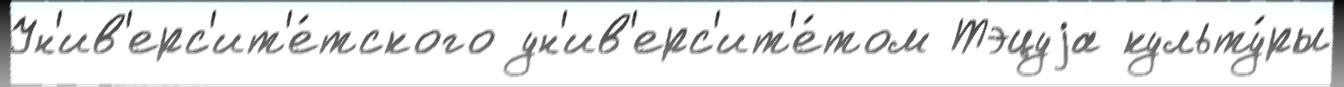
Ун'ив'ерс'ит'е́тского ун'ив'ерс'ит'е́том Тэцуjа культу́ры